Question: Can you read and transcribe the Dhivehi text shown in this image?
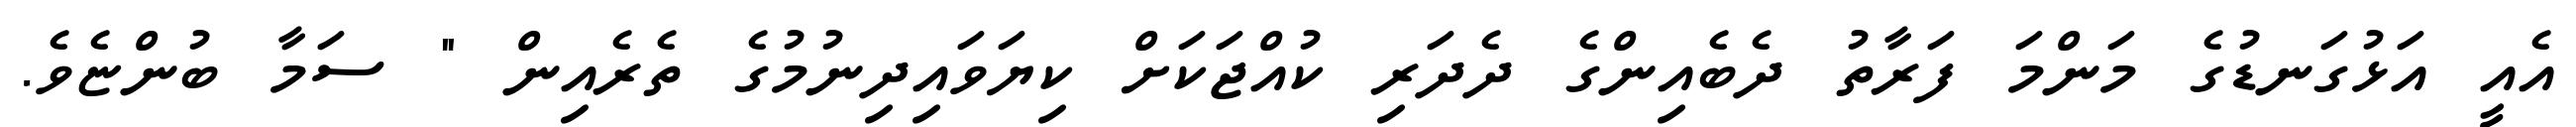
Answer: އެއީ އަޅުގަނޑުގެ މަންމަ ފަރާތު ދެބެއިންގެ ދެދަރި ކުއްޖަކަށް ކިޔަވައިދިނުމުގެ ތެރެއިން " ސަމާ ބުންޏެވެ.